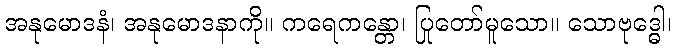
အနုမောဒနံ၊ အနုမောဒနာကို။ ကရေဂာန္တော၊ ပြုတော်မူသော။ သောဗုဒ္ဓေါ၊